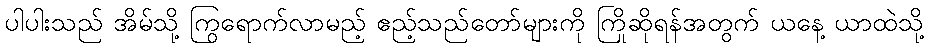
ပါပါးသည် အိမ်သို့ ကြွရောက်လာမည့် ဧည့်သည်တော်များကို ကြိုဆိုရန်အတွက် ယနေ့ ယာထဲသို့